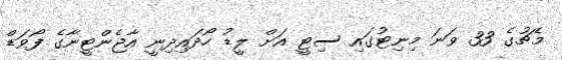
މެޗުގެ 33 ވަނަ މިނިޓުގައި ސިޓީ އަށް ލީޑު ހޯދައިދިނީ އާޖެންޓީނާގެ ފޯވަޑް